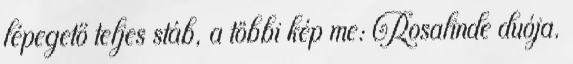
lépegető teljes stáb, a többi kép me: Rosalinde duója.